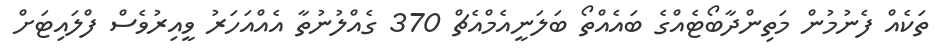
ތަކެއް ފެނުމުން މަތިންދާބޯޓެއްގެ ބައެއްތޯ ބަލަނީއެމްއެޗް 370 ގެއްލުނުތާ އެއްއަހަރު ވީއިރުވެސް ފްލައިޓަށް